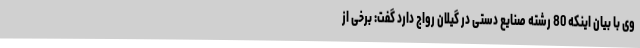
وی با بیان اینکه 80 رشته صنایع دستی در گیلان رواج دارد گفت: برخی از